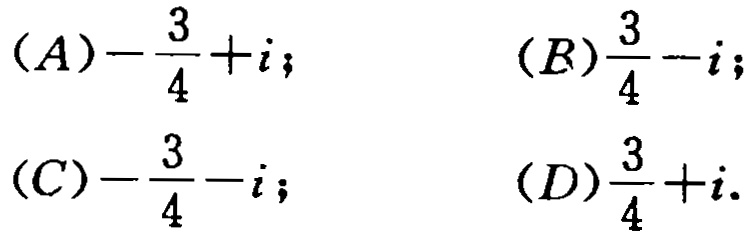
\((A)-\frac{3}{4}+i;\quad (B)\frac{3}{4}-i;\)
\((C)-\frac{3}{4}-i;\quad (D)\frac{3}{4}+i.\)